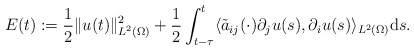
\begin{align*} E(t) := \frac{1}{2} \|u(t)\|_{L^{2}(\Omega)}^{2} + \frac{1}{2} \int_{t - \tau}^{t} \langle \tilde{a}_{ij}(\cdot) \partial_{j} u(s), \partial_{i} u(s)\rangle_{L^{2}(\Omega)} \mathrm{d}s. \end{align*}